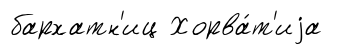
бархатн'иц Хорва́т'иjа